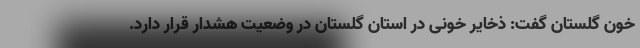
خون گلستان گفت: ذخایر خونی در استان گلستان در وضعیت هشدار قرار دارد.